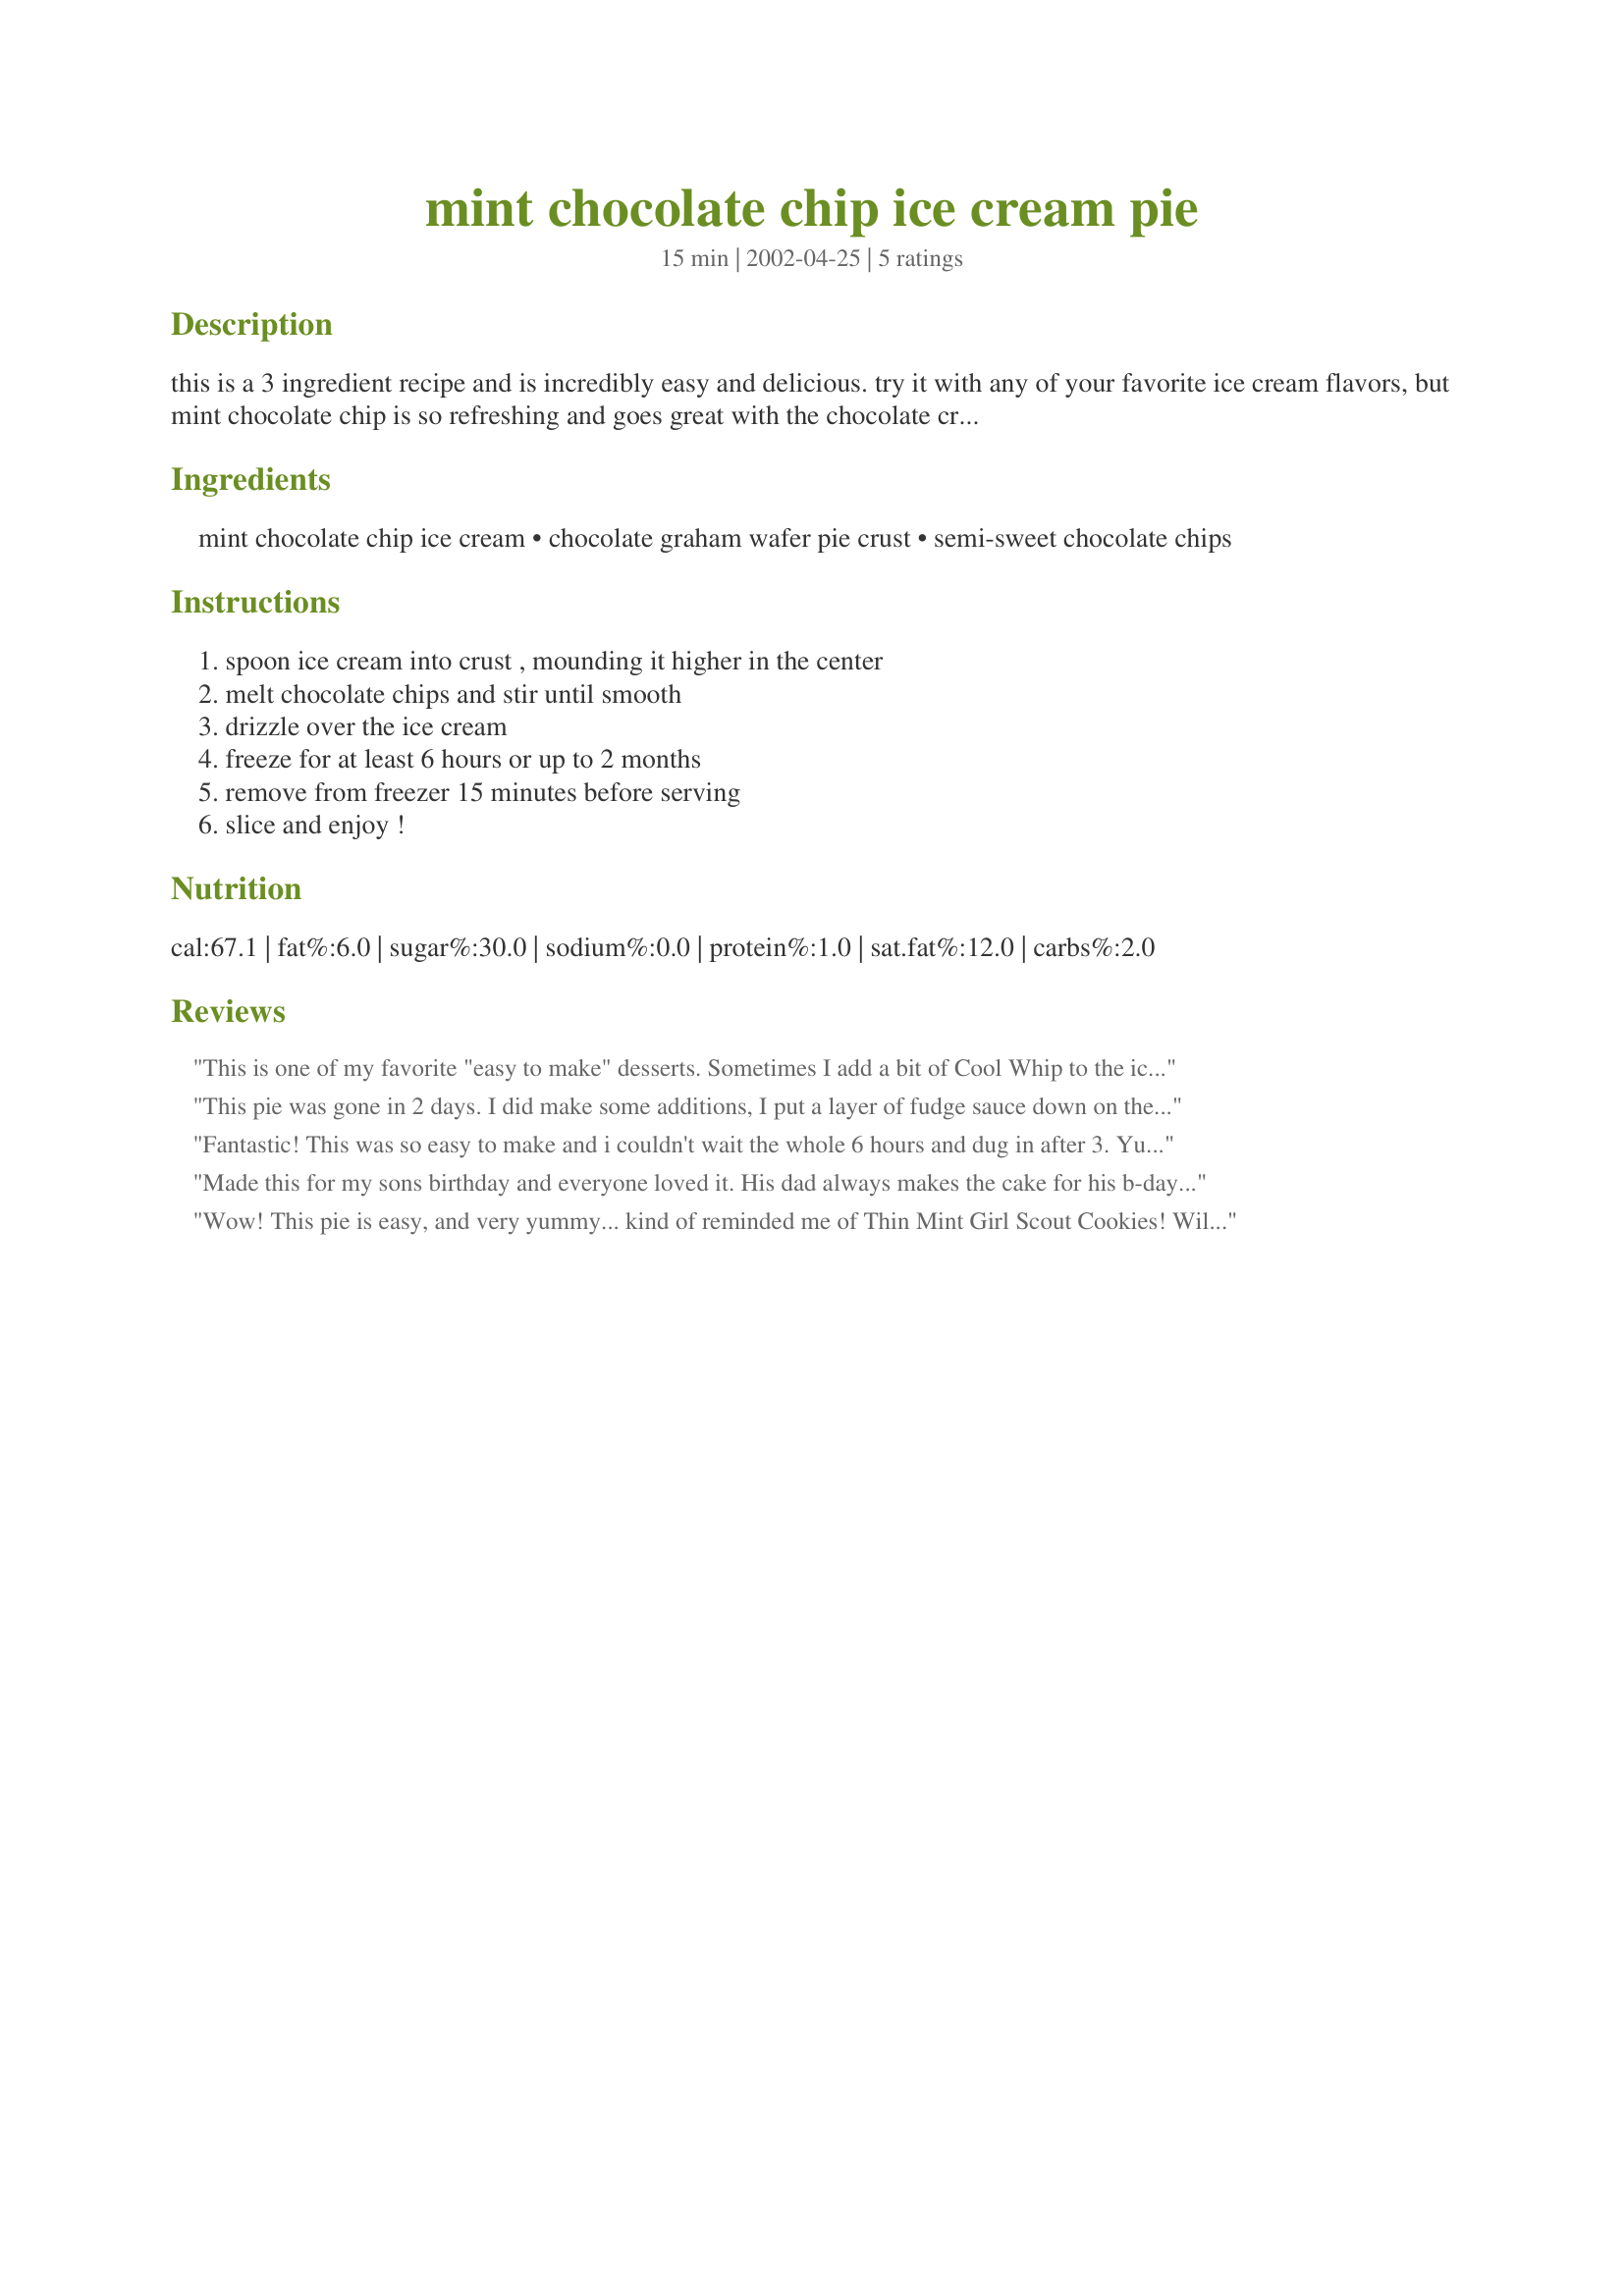
mint chocolate chip ice cream pie
Preparation time: 15 minutes

this is a 3 ingredient recipe and is incredibly easy and delicious. try it with any of your favorite ice cream flavors, but mint chocolate chip is so refreshing and goes great with the chocolate crust. this can be prepared up to 2 months ahead of time and frozen.

Ingredients:
mint chocolate chip ice cream, chocolate graham wafer pie crust, semi-sweet chocolate chips

Steps:
spoon ice cream into crust , mounding it higher in the center, melt chocolate chips and stir until smooth, drizzle over the ice cream, freeze for at least 6 hours or up to 2 months, remove from freezer 15 minutes before serving, slice and enjoy !

Reviews:
This is one of my favorite "easy to make" desserts. Sometimes I add a bit of Cool Whip to the ice cream to make it a bit fluffier. Have fun mixing and matching ice cream flavors and toppings.
This pie was gone in 2 days. I did make some additions, I put a layer of fudge sauce down on the crust first and then instead of melted chocolate chips I drizzled hot fudge sauce on top. This pie has already been requested for again. Thanks Karen for a easy and wonderful dessert.
Fantastic! This was so easy to make and i couldn't wait the whole 6 hours and dug in after 3. Yum Yum Yum! I didn't make any changes and followed the recipe exactly. I will be making this again. Maybe next time I will try this with strawberry ice cream and fresh strawberrys. :)
Made this for my sons birthday and everyone loved it. His dad always makes the cake for his b-day since I'm not much of a baker, but I know how much he loves mint choc chip ice cream and I saw this and said "I think I can do that!!"I used an Oreo cookie crust and used the idea of adding a layer of hot fudge to the crust! It was so quick & easy to put together. Mom is now the bomb! Perfect for a hot July afternoon. Don't expect this to last long in my freezer. I'm sure this will be requested again and again!! Thanks Karen! Kudos to you as well! :)
Wow! This pie is easy, and very yummy... kind of reminded me of Thin Mint Girl Scout Cookies! Will be making again for sure.
